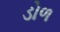
ડોળ